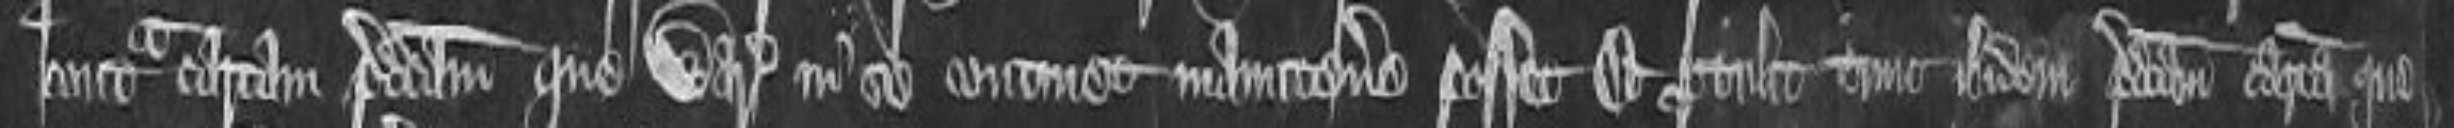
contra cartam predictam que warrantiam in se continet manutenere posset. et protulit tunc ibidem predictam cartam que